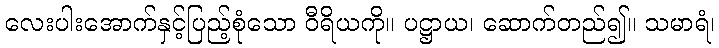
လေးပါးအောက်နှင့်ပြည့်စုံသော ဝီရိယကို။ ပဋ္ဌာယ၊ ဆောက်တည်၍။ သမာရံ၊